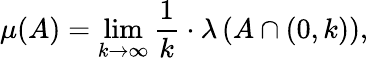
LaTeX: \mu(A)=\operatorname*{lim}_{k\to\infty}{\frac{1}{k}}\cdot\lambda\left(A\cap\left(0,k\right)\right),